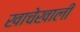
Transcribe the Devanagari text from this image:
खाचेखाली